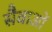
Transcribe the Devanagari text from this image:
सैवाओं